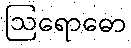
ဩရောဓော